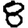
Digit: 8